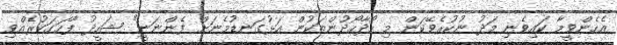
އެހެންވީމާ ކައިވެނި މަދު ނުކުރެވޭކަން މި ހޯދާހޯދުންތަކުން އަޅުގަނޑުމެނަށް ފެންނަނީ" ޝަހީދު ފާހަގަކުރެއްވި